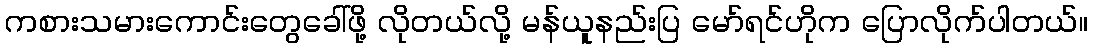
ကစားသမားကောင်းတွေခေါ်ဖို့ လိုတယ်လို့ မန်ယူနည်းပြ မော်ရင်ဟိုက ပြောလိုက်ပါတယ်။